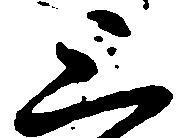
上